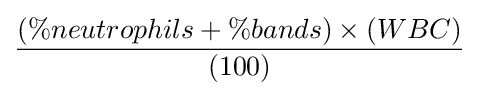
(\%neutrophils+\%bands)\times (WBC) \over (100)